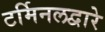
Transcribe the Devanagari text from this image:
टर्मिनलद्वारे